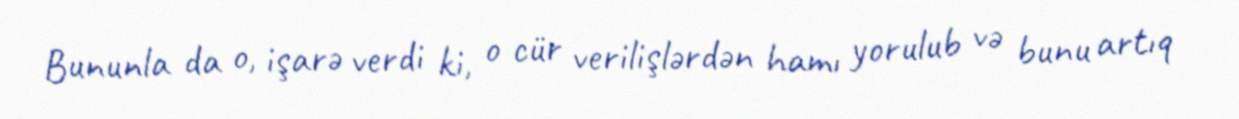
Bununla da o, işarə verdi ki, o cür verilişlərdən hamı yorulub və bunu artıq